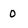
Character: 0